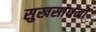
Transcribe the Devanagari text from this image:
सुखसाधनों